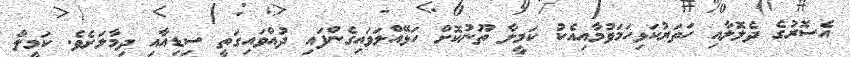
އެސޮރުގެ ދެލޮލާއި ހަތަރުކަޅިހަމަވުމާއިއެކު ކަމީލާ ތޫނުކޮށް ހަޅޭއްލަވައިގެންފައި ދުއްވައިގަތީ ސިޑިއާއި ދިމާލަށެވެ. ކަމީލާ